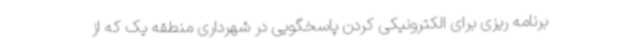
برنامه ریزی برای الکترونیکی کردن پاسخگویی در شهرداری منطقه یک که از